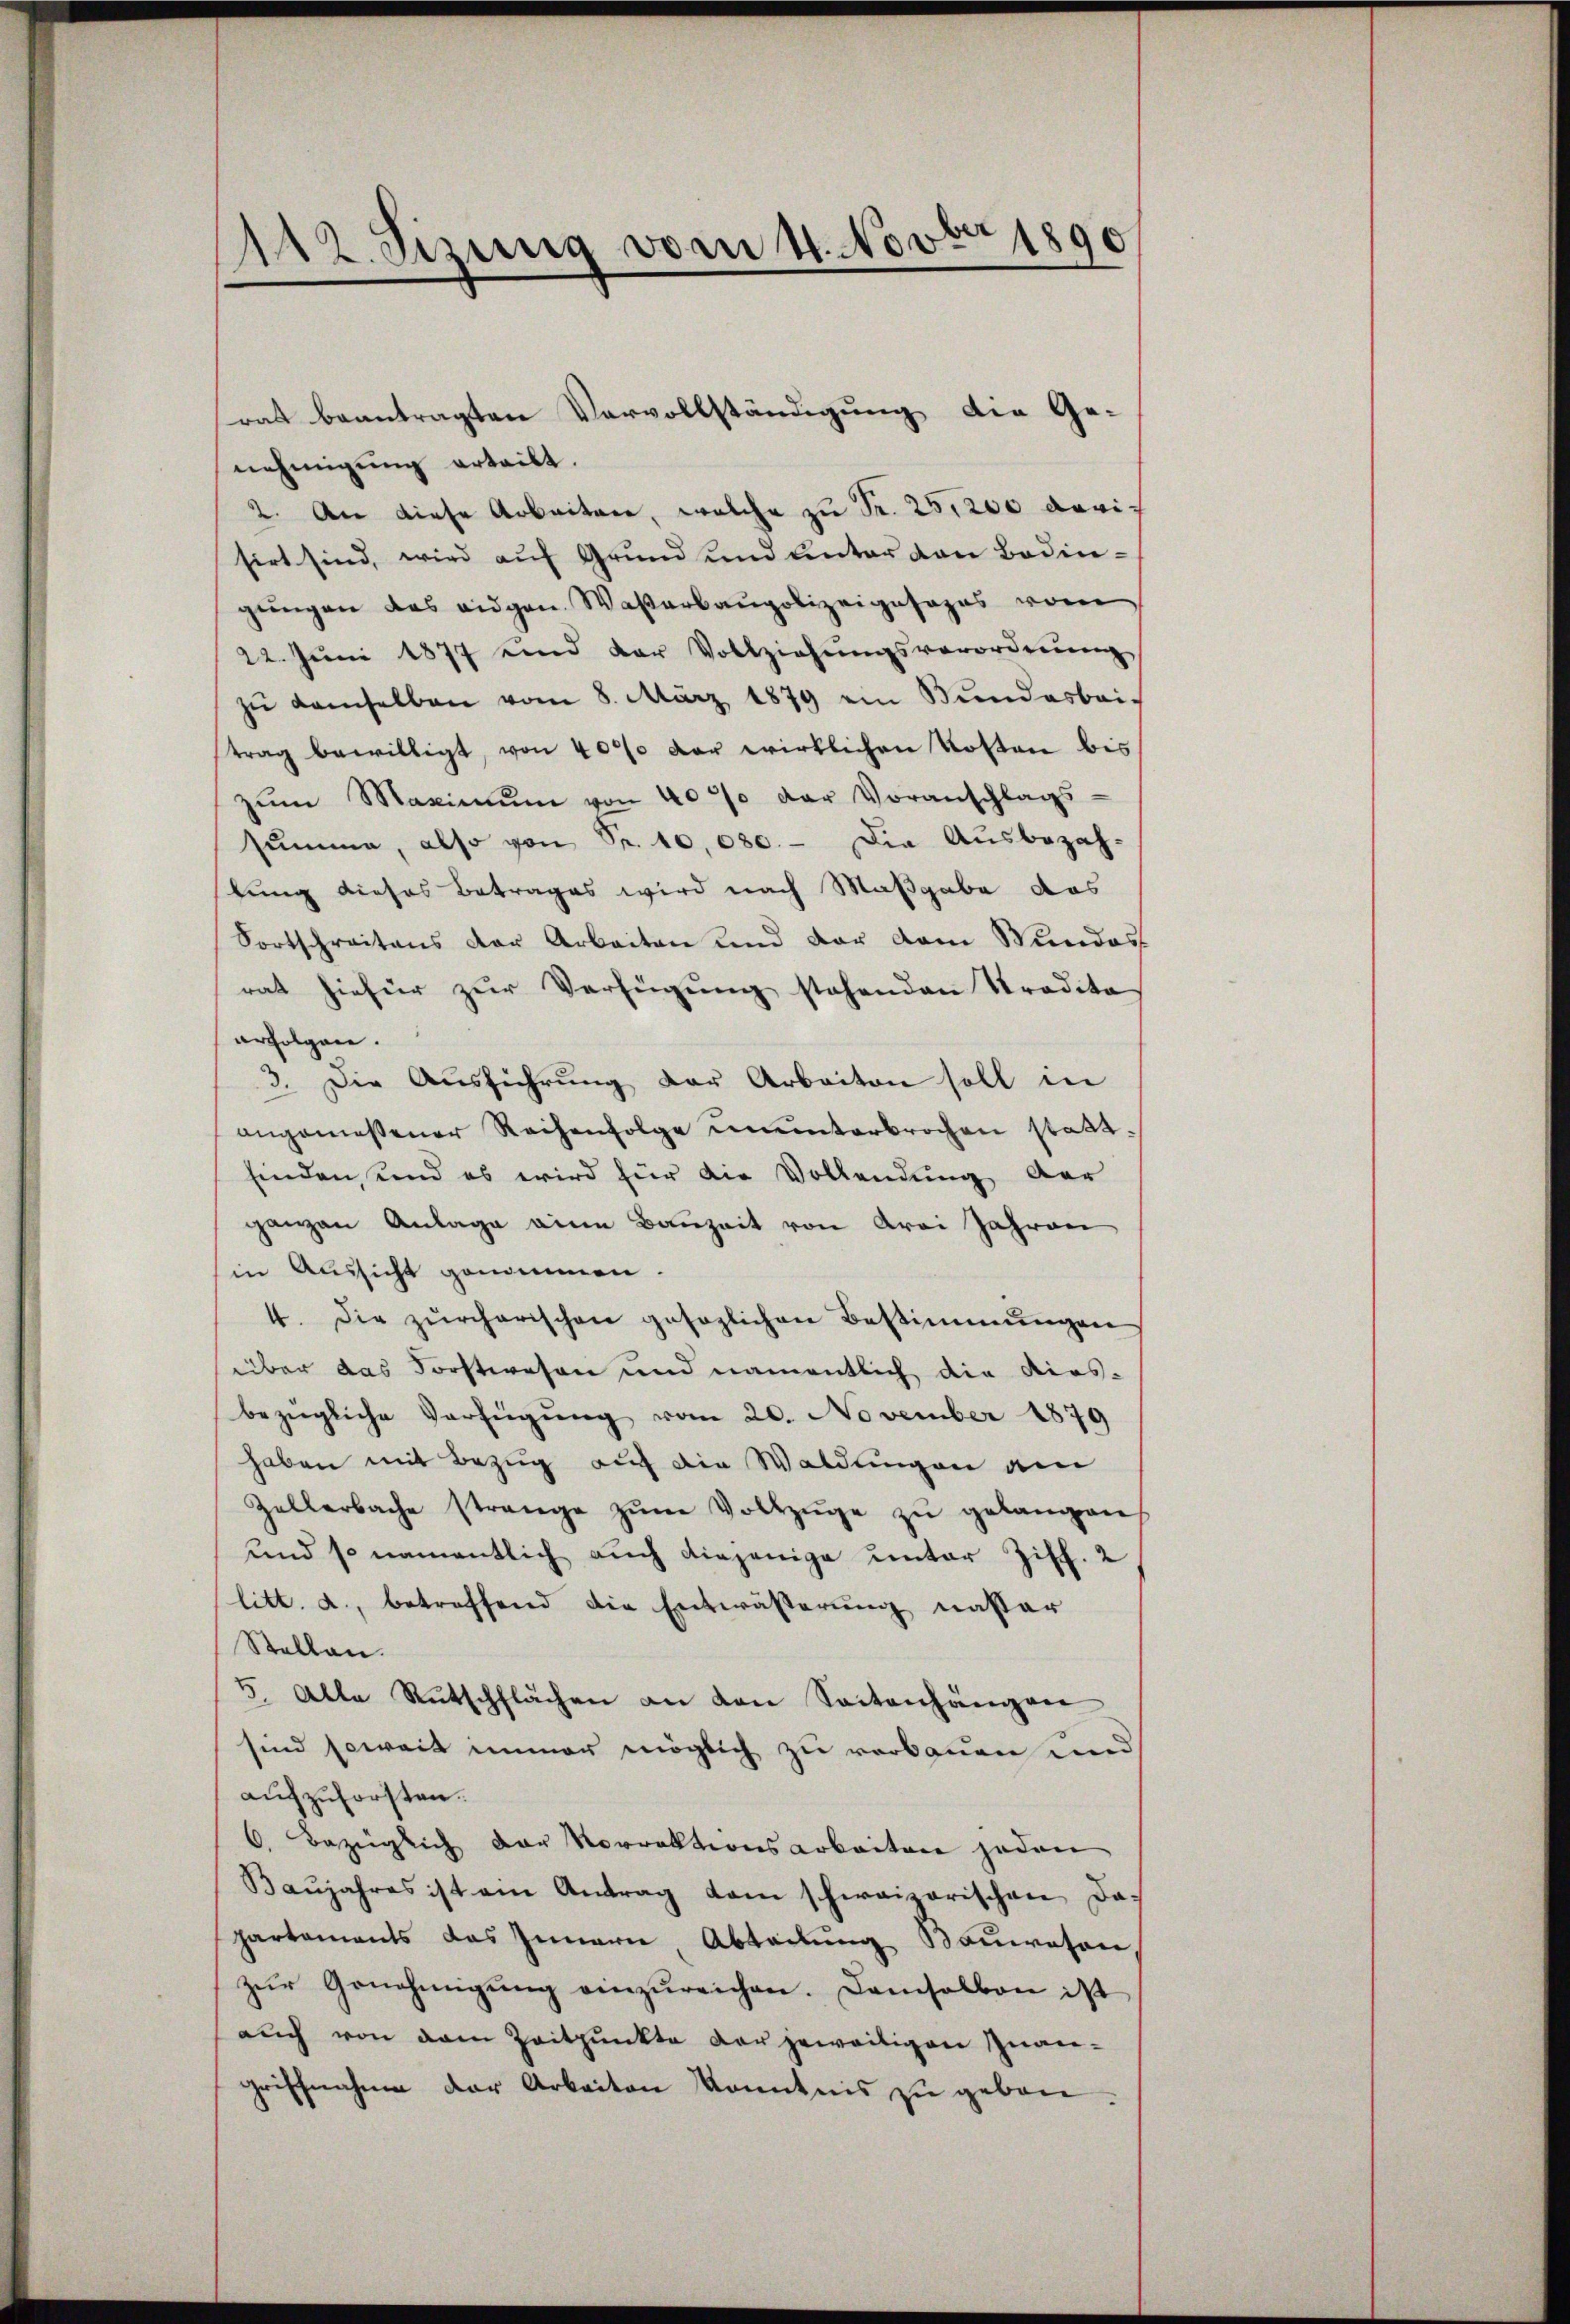
112. Sizung vom 4. Novbr 1890

nehmigung erteilt.
2. An diese Arbeitere, welche zu Fr. 25,200 arrisirt sind, wird auf Grund und linter den Bedingŭngen das eidgen. Waßerbaupolizeigesages vom
22. Jŭni 1877 und der Vollziehŭngsverordnŭng
zŭ demselben vom 8. März 1879 ein Bŭndesbei-
trag bewilligt, von 40% der wirklichen Kosten bis
zŭm Maximŭm von 40% der Voranschlags-
summe, also von Sr. 10,080. - Die Ausbezah-
lung dieses Betrages wird nach Maßgabe das
Fortschreitens der Arbeiten und vor dem Wundes
rat hiefür zŭr Verfügŭng stehenden Tradita
erfolgen.
3. Die Aŭsführŭng der Arbeiten soll in
angemessener Reihenfolge ununterbrochen statt.
finden, und es wird für die Vollendung der
ganzen Anlage eine Bauzeit von drei Jahren
in Aussicht genommen.
4. Die zürcherischen gesaglichen Bestimmungen
über das Forstwesen und namentlich die diesbezügliche Verfügŭng vom 20. November 1879
haben mit Bezug auf die Waldungen am
Zellerbache strange zŭm Vollzüge zŭ gelangen
und so namentlich auch diejenige unter Ziff. 2
litt. a., betreffend die Entwässerung nastar
Stellen.
5. Alle Rutschflächen an den Seitenhängen
sind soweit immer möglich zu verbauen und
aufzuforsten.
6. Bezüglich der Vorrektionsarbeiten jeden
Baŭjahres ist am Antrag dem schweizerischen Dapartements das Innern Abteilung Bauwesen,
zŭr Genehmigŭng einzŭreichen. Damsalben ist
auch von dem Zeitpunkte der jeweitigen Inan-
griffnahme der Arbeiten Kenntnis zu geben¬

rat beantragten Vervollständigung die Ge-